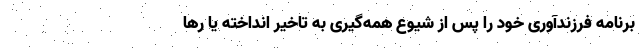
برنامه فرزندآوری خود را پس از شیوع همه‌گیری به تاخیر انداخته یا رها